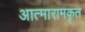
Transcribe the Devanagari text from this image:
आत्मारामकृत